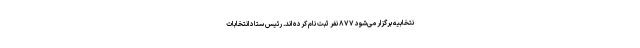
نتخابیه برگزار می‌شود ۸۷۷ نفر ثبت نام کرده اند. رئیس ستاد انتخابات